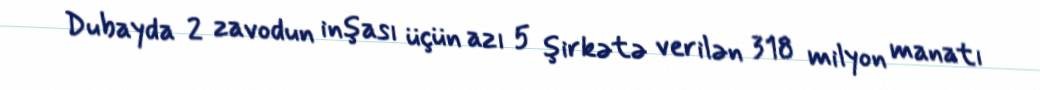
Dubayda 2 zavodun inşası üçün azı 5 şirkətə verilən 318 milyon manatı